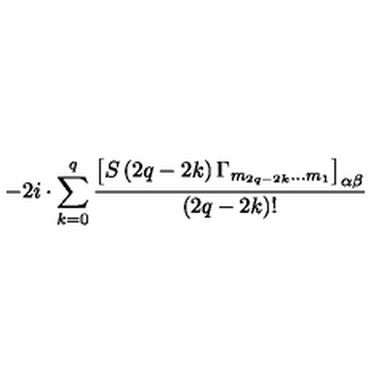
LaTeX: - 2 i \cdot \sum _ { k = 0 } ^ { q } \frac { \left[ S \left( 2 q - 2 k \right) \Gamma _ { m _ { 2 q - 2 k } \ldots m _ { 1 } } \right] _ { \alpha \beta } } { \left( 2 q - 2 k \right) ! }